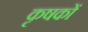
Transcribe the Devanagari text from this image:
कृषकाें